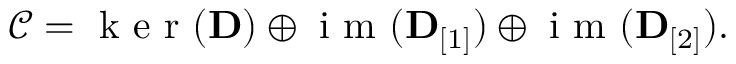
\begin{array} { r } { \mathcal { C } = \mathrm { ~ k ~ e ~ r ~ } ( { \bf D } ) \oplus \mathrm { ~ i ~ m ~ } ( { \bf D } _ { [ 1 ] } ) \oplus \mathrm { ~ i ~ m ~ } ( { \bf D } _ { [ 2 ] } ) . } \end{array}